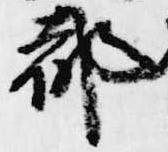
都